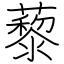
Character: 藜